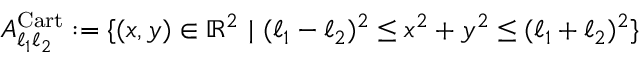
A _ { \ell _ { 1 } \ell _ { 2 } } ^ { \mathrm { C a r t } } : = \{ ( x , y ) \in \mathbb { R } ^ { 2 } \ | \ ( \ell _ { 1 } - \ell _ { 2 } ) ^ { 2 } \leq x ^ { 2 } + y ^ { 2 } \leq ( \ell _ { 1 } + \ell _ { 2 } ) ^ { 2 } \}